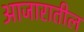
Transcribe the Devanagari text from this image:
आजारातील